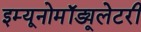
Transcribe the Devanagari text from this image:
इम्यूनोमॉड्यूलेटरी